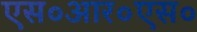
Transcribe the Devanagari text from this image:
एस०आर०एस०